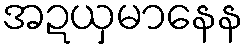
အဍယှမာနေန